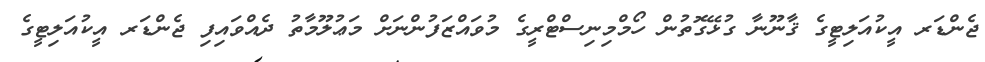
ޖެންޑަރ އީކުއަލިޓީގެ ޤާނޫނާ ގުޅޭގޮތުން ހޯމްމިނިސްޓްރީގެ މުވައްޒަފުންނަށް މަޢުލޫމާތު ދެއްވައިފި ޖެންޑަރ އީކުއަލިޓީގެ